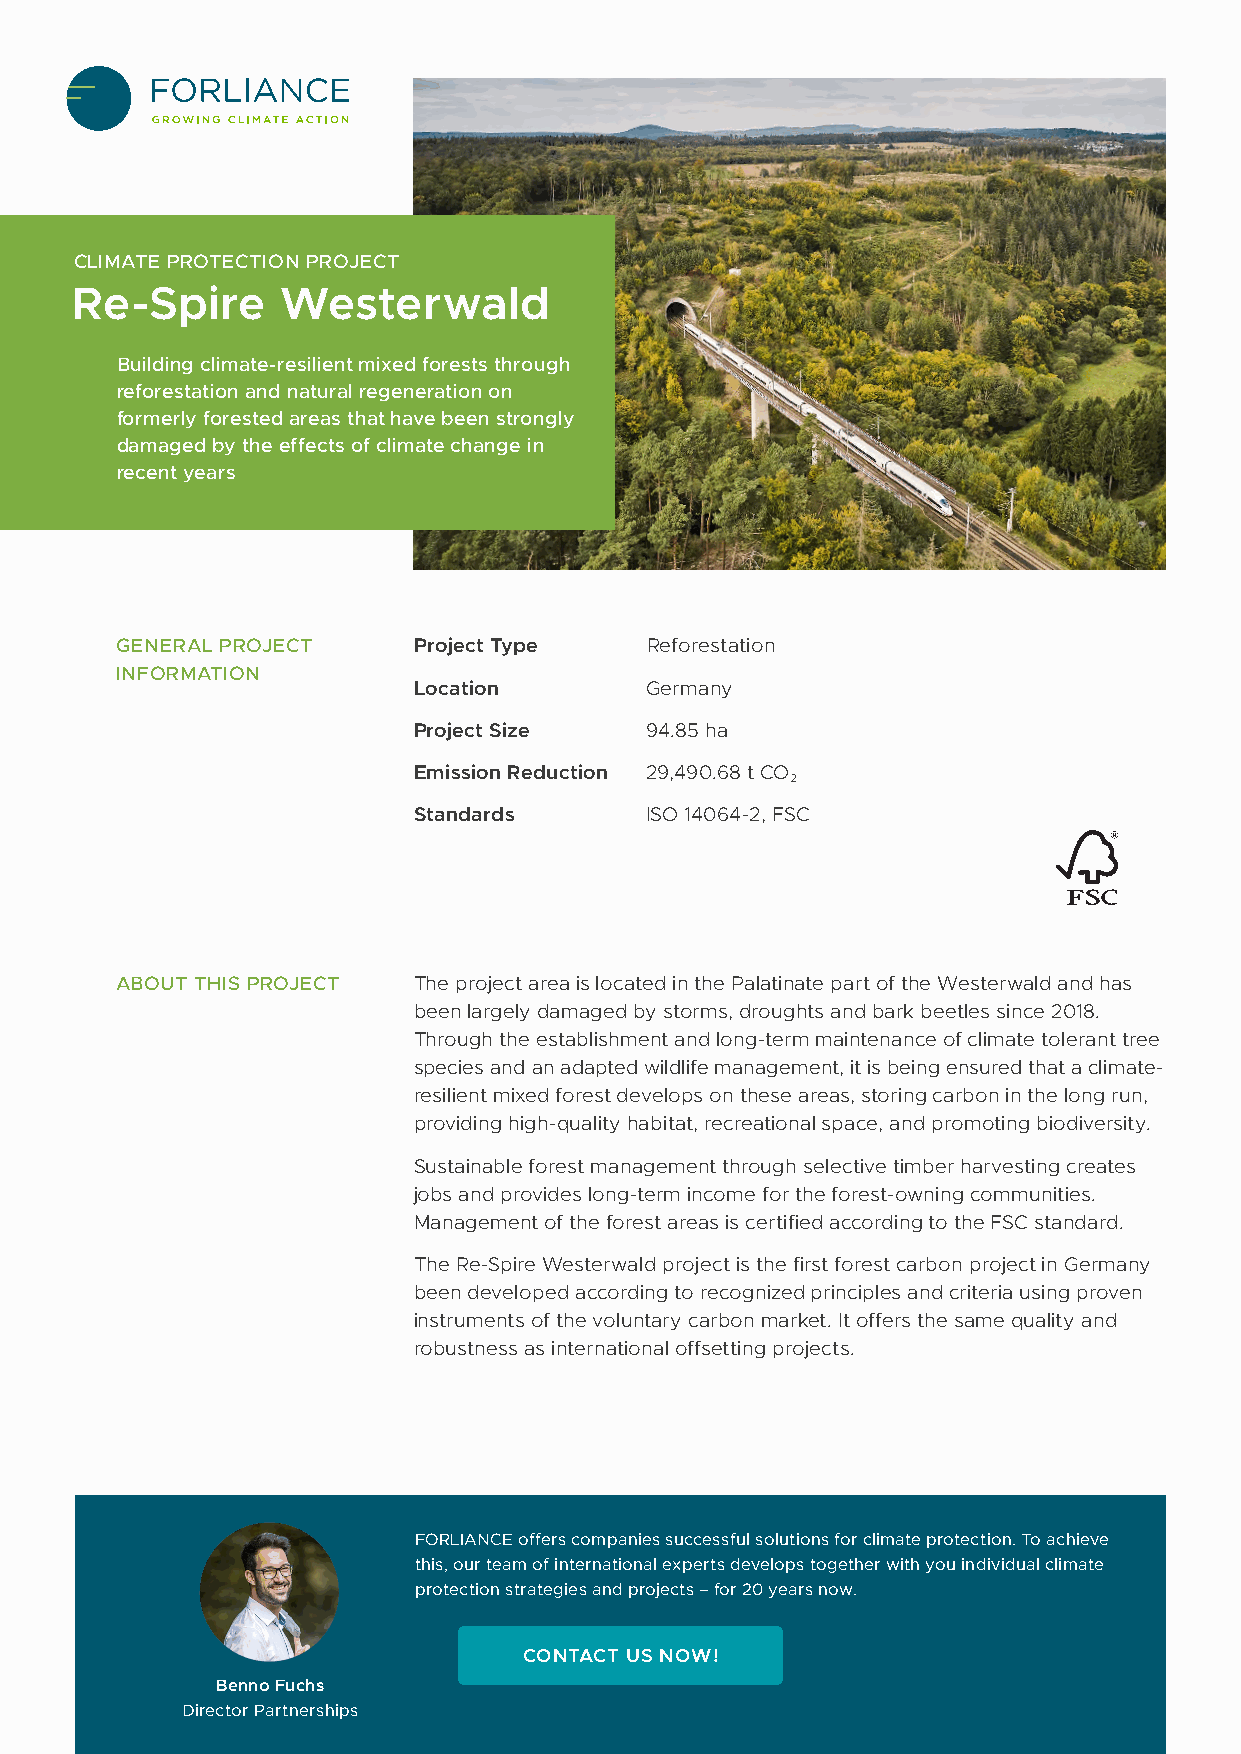
CLIMATE PROTECTION PROJECT
 Re-Spire      Westerwald
 Building climate-resilient mixed forests through
 reforestation and natural regeneration on
 formerly forested areas that have been strongly
 damaged by the effects of climate change in
 recent years
 GENERAL PROJECT    Project Type    Reforestation
 INFORMATION
 Location        Germany
 Project Size    94.85 ha
 Emission Reduction 29,490.68 t CO
 2
 Standards       ISO 14064-2, FSC
 ABOUT THIS PROJECT The project area is located in the Palatinate part of the Westerwald and has
 been largely damaged by storms, droughts and bark beetles since 2018.
 Through the establishment and long-term maintenance of climate tolerant tree
 species and an adapted wildlife management, it is being ensured that a climate-
 resilient mixed forest develops on these areas, storing carbon in the long run,
 providing high-quality habitat, recreational space, and promoting biodiversity.
 Sustainable forest management through selective timber harvesting creates
 jobs and provides long-term income for the forest-owning communities.
 Management of the forest areas is certified according to the FSC standard.
 The Re-Spire Westerwald project is the first forest carbon project in Germany
 been developed according to recognized principles and criteria using proven
 instruments of the voluntary carbon market. It offers the same quality and
 robustness as international offsetting projects.
 FORLIANCE offers companies successful solutions for climate protection. To achieve
 this, our team of international experts develops together with you individual climate
 protection strategies and projects – for 20 years now.
 CONTACT US NOW!
 Benno Fuchs
 Director Partnerships